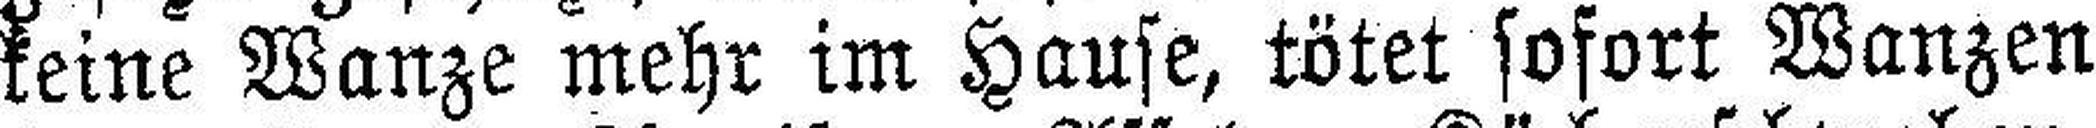
keine Wanze mehr im Hause, tötet sofort Wanzen